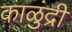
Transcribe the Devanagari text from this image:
काळुंद्री